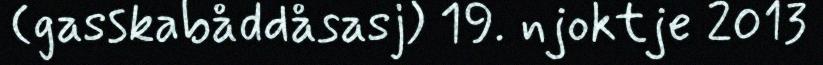
(gasskabåddåsasj) 19. njoktje 2013